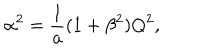
\alpha ^ { 2 } = { \frac { 1 } { a } } ( 1 + \beta ^ { 2 } ) Q ^ { 2 } ,